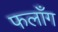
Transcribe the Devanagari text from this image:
फलाँग